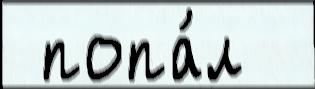
 попа́л